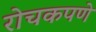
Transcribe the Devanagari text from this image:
रोचकपणे